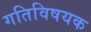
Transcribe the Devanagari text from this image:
गतिविषयक